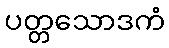
ပတ္တသောဒကံ